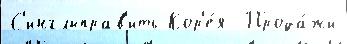
С'инглыправ'ить Кор'е́я  Прода́жи